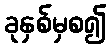
ခုနှစ်မှစ၍